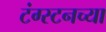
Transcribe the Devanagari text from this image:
टंग्स्टनच्या